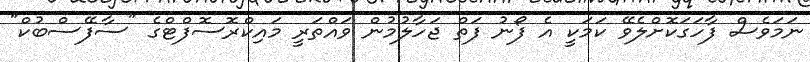
ނަމަވެސް ފާހަގަކޮށްލެވޭ ކަމަކީ އެ ފޯނު ފަތް ޖަހާލުމުން ވައްތަރީ މައިކްރޮސޮފްޓްގެ "ސާފޭސްބުކް"